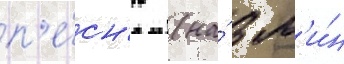
п'е́сн'ю (на́ 3 м'и́н